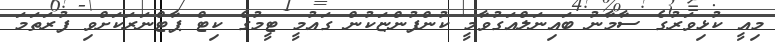
މިއީ ކުޅިވަރުގެ ސާމާނު ބައިނަލްއަގުވާމީ ކުންފުންޏަކުން ގައުމީ ޓީމުގެ ކިޓް ޕާޓްނަރަކަށްވި ފުރަތަމަ